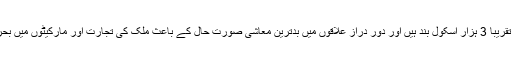
برکینافاسو میں تقریباً 3 ہزار اسکول بند ہیں اور دور دراز علاقوں میں بدترین معاشی صورت حال کے باعث ملک کی تجارت اور مارکیٹوں میں بحرانی کیفیت ہے۔